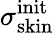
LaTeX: \sigma_{\mathrm{skin}}^{\mathrm{init}}